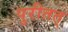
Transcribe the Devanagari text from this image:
पुरीतत्